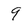
Character: 9